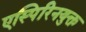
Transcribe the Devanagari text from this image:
एस्पिरिनयुक्त